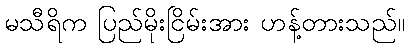
မသီရိက ပြည်မိုးငြိမ်းအား ဟန့်တားသည်။